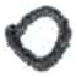
אות: ס